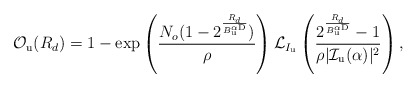
\begin{align*}&\!\!\!\!\!\!\! \mathcal{O}_{\rm u}(R_d)= 1-\exp \left( \frac{N_o (1-2^{\frac{R_{d}}{B_{\rm u}^{\alpha {\rm D}}}})}{ \rho } \right) \mathcal{L}_{I_{\rm u}} \left(\frac{2^{\frac{R_{d}}{B_{\rm u}^{\alpha {\rm D}}}}-1}{\rho |\mathcal{I}_{\rm u} (\alpha)|^2} \right) ,\end{align*}